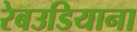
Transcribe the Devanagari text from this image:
रेबउडियाना